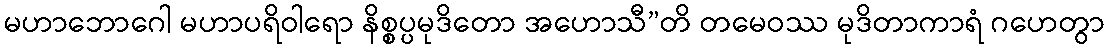
မဟာဘောဂေါ မဟာပရိဝါရော နိစ္စပ္ပမုဒိတော အဟောသီ”တိ တမေဝဿ မုဒိတာကာရံ ဂဟေတွာ